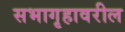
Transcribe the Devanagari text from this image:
सभागृहावरील